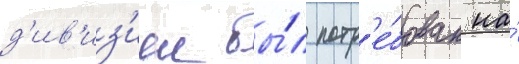
д'ив'из'иеи бы́л потр'е́бован на́